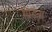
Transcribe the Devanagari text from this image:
ग्रिडना